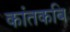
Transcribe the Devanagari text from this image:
कांतकबि